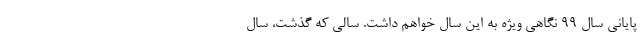
پایانی سال ۹۹ نگاهی ویژه به این سال خواهم داشت. سالی که گذشت، سال